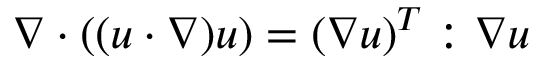
\nabla \cdot ( ( u \cdot \nabla ) u ) = ( \nabla u ) ^ { T } : \nabla u